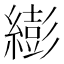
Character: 𦅈